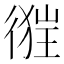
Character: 𢔺